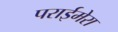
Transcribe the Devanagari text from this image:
पराईमेरा